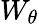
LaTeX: W_{\theta}